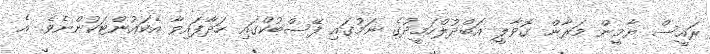
ރައީސް ޔާމީން މަރާން ގޮވާލީ އަބްދުލްހަމީދުގެ ނަމުގައި ފޭސްބުކްގައި ހަދާފައިވާ އެކައުންޓަކުންނެވެ. އެ